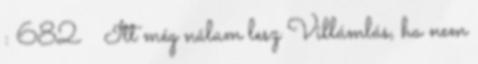
: 682 Itt még nálam lesz Villámlás, ha nem